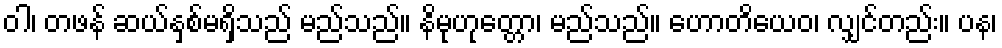
ဝါ၊ တဖန် ဆယ်နှစ်မရှိသည် မည်သည်။ နိမုဟုတ္တော၊ မည်သည်။ ဟောတိယေဝ၊ လျှင်တည်း။ ပန၊